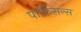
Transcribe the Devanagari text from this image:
पार्किसन्स